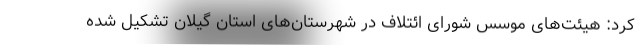
کرد: هیئت‌های موسس شورای ائتلاف در شهرستان‌های استان گیلان تشکیل شده